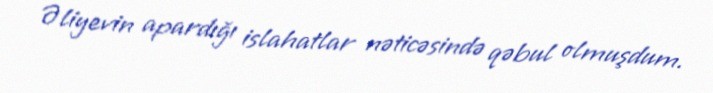
Əliyevin apardığı islahatlar nəticəsində qəbul olmuşdum.